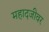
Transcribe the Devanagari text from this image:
महादजीवर